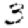
Digit: 3